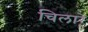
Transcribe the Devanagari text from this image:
चिलारे